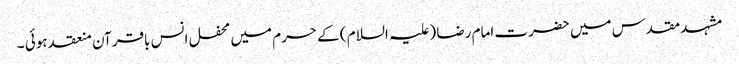
مشہد مقدس میں حضرت امام رضا (علیہ السلام ) کے حرم میں محفل انس باقرآن منعقد ہوئی ۔